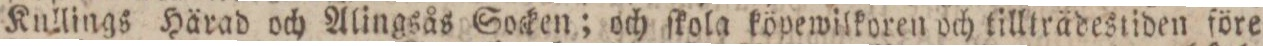
Kullings Härad och Alingsås Socken; och ſkola köpewilkoren och tillträdestiden före